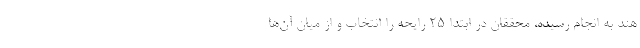
هند به انجام رسیده، محققان در ابتدا ۲۵ رایحه را انتخاب و از میان آن‌ها